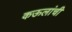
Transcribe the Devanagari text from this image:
कऊलांची